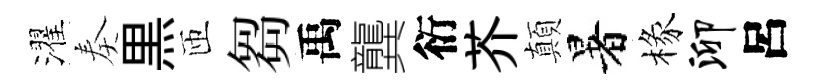
濯奏黒匝芻禹龔衍芥顛暑椽泖呂